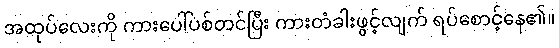
အထုပ်လေးကို ကားပေါ်ပစ်တင်ပြီး ကားတံခါးဖွင့်လျက် ရပ်စောင့်နေ၏။